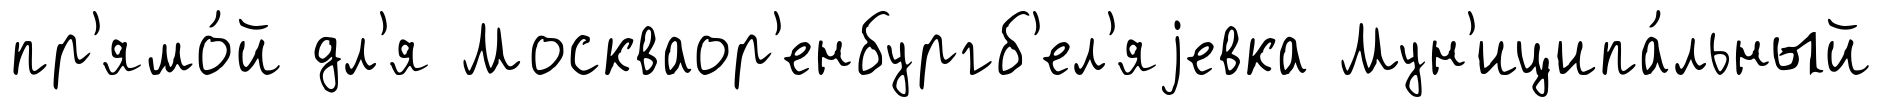
пр'ямо́й дл'я Москваор'енбургб'ел'яjевка Мун'иципа́льный